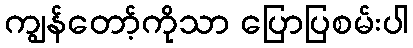
ကျွန်တော့်ကိုသာ ပြောပြစမ်းပါ